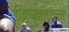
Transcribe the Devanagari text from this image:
निष्काषन